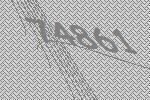
74861